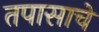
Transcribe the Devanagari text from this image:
तपासाचे